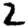
Digit: 2